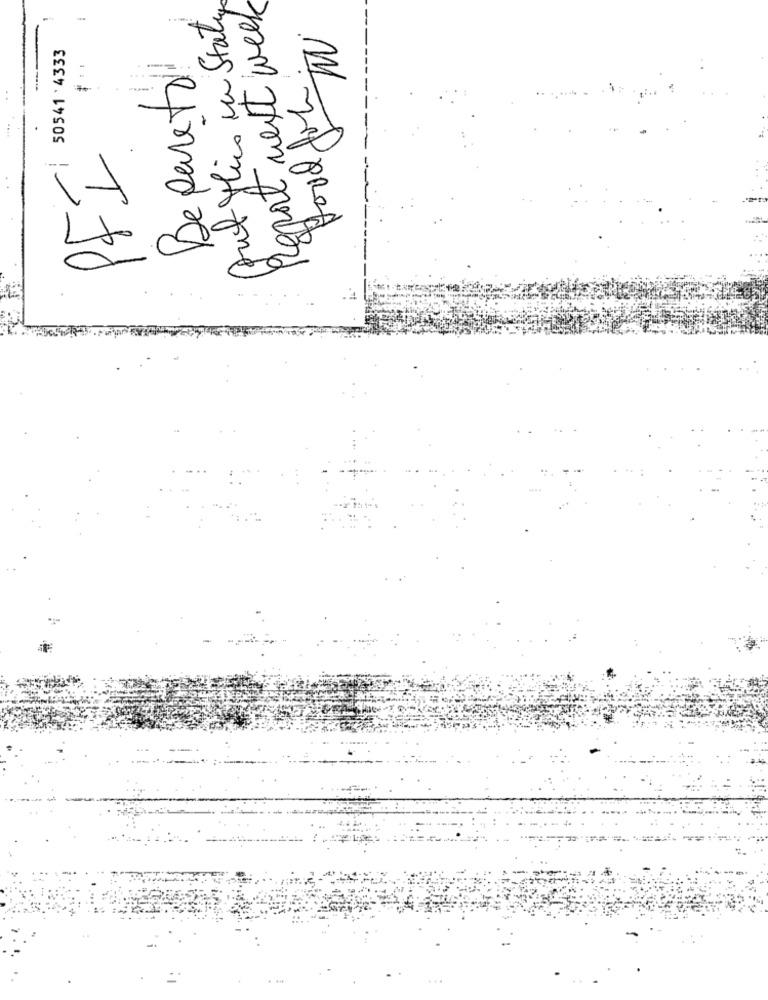
But Mics in Staty
Report next week
TW
50541 ' 4333
food for.
-
Bepareto